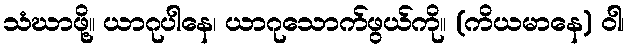
သံဃာဖို့။ ယာဂုပါနေ၊ ယာဂုသောက်ဖွယ်ကို။ (ကိယမာနေ) ဝါ၊